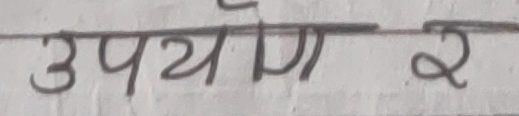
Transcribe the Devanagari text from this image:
उपयोग २